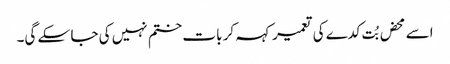
اسے محض بُت کدے کی تعمیر کہہ کر بات ختم نہیں کی جا سکے گی۔